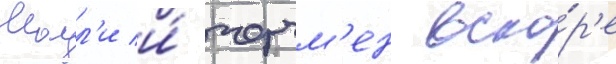
Молл'и и́ черчм'ен вско́р'е